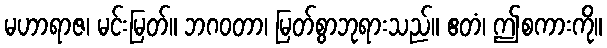
မဟာရာဇ၊ မင်းမြတ်။ ဘဂဝတာ၊ မြတ်စွာဘုရားသည်။ ဧတံ၊ ဤစကားကို။